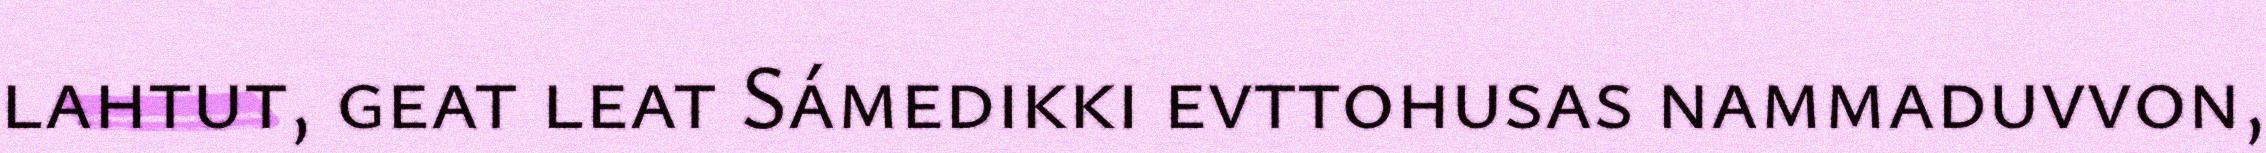
lahtut, geat leat Sámedikki evttohusas nammaduvvon,